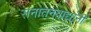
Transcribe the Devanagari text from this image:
सनातनवाद्यांनी